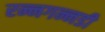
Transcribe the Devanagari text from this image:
रन्नगन्नडी